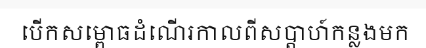
បើកសម្ពោធដំណើរកាលពីសប្តាហ៍កន្លងមក